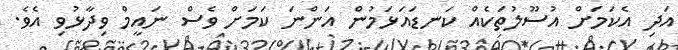
އަދި އެކަމަށް އުސޫލުތަކެއް ކަނޑައަޅަމުން އަންނަ ކަމަށް ވެސް ނައީމް ވިދާޅުވި އެވެ.